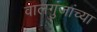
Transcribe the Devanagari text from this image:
वालगुंजांच्या